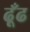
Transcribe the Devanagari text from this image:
ढ़ूँढ